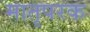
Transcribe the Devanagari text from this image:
मातृपरक